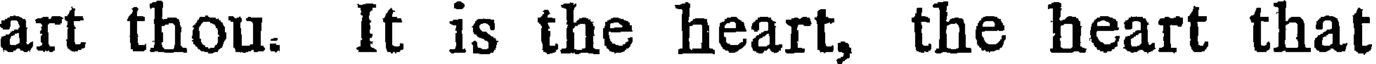
art thou. It is the heart, the heart that